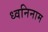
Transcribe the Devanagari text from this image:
ध्वनिनाम